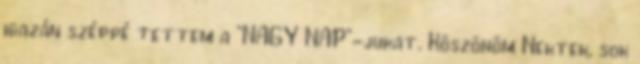
igazán széppé tettem a "NAGY NAP"-jukat. Köszönöm Nektek, sok